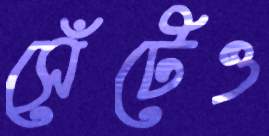
সেঁটেও